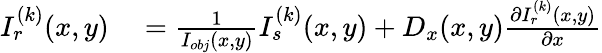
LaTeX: \begin{array}{rl}{I_{r}^{(k)}(x,y)}&{{}=\frac{1}{I_{obj}(x,y)}I_{s}^{(k)}(x,y)+D_{x}(x,y)\frac{\partial I_{r}^{(k)}(x,y)}{\partial x}}\end{array}